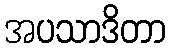
အပသာဒိတာ